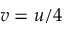
v = u / 4